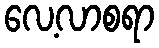
လေ့လာစရာ